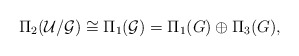
\begin{align*}\Pi_2({\cal U}/{\cal G})\cong\Pi_1({\cal G}) =\Pi_1(G)\oplus\Pi_3(G),\end{align*}